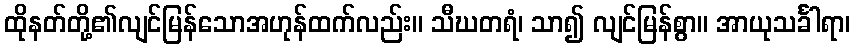
ထိုနတ်တို့၏လျင်မြန်သောအဟုန်ထက်လည်း။ သီဃတရံ၊ သာ၍ လျင်မြန်စွာ။ အာယုသင်္ခါရာ၊